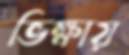
ভিক্ষায়